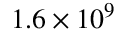
1 . 6 \times 1 0 ^ { 9 }